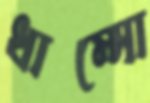
ধাম্‌সো